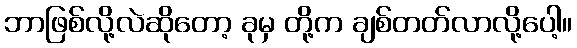
ဘာဖြစ်လို့လဲဆိုတော့ ခုမှ တို့က ချစ်တတ်လာလို့ပေါ့။